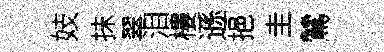
妓抺翠泪樓遜挹圭鷥